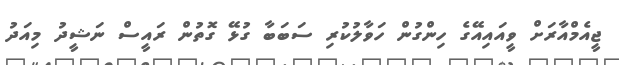
ޖީއެމްއާރަށް ވީއައިއޭގެ ހިންގުން ހަވާލުކުރި ސަބަބާ ގުޅޭ ގޮތުން ރައީސް ނަޝީދު މިއަދު